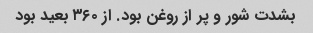
بشدت شور و پر از روغن بود. از ۳۶۰ بعید بود